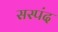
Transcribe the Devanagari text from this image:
सस्पंद